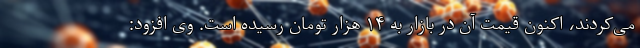
می‌کردند، اکنون قیمت آن در بازار به ۱۴ هزار تومان رسیده است. وی افزود: